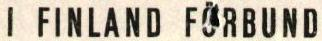
I FINLAND FÖRBUND